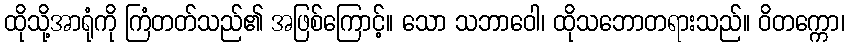
ထိုသို့အာရုံကို ကြံတတ်သည်၏ အဖြစ်ကြောင့်။ သော သဘာဝေါ၊ ထိုသဘောတရားသည်။ ဝိတက္ကော၊